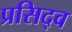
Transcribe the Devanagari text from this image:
प्रसिद्व